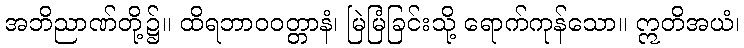
အဘိညာဏ်တို့၌။ ထိရဘာဝဝတ္တာနံ၊ မြဲမြံခြင်းသို့ ရောက်ကုန်သော။ ဣတိအယံ၊